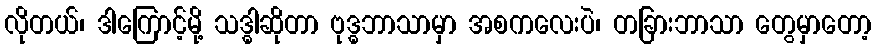
လိုတယ်၊ ဒါကြောင့်မို့ သဒ္ဓါဆိုတာ ဗုဒ္ဓဘာသာမှာ အစကလေးပဲ၊ တခြားဘာသာ တွေမှာတော့